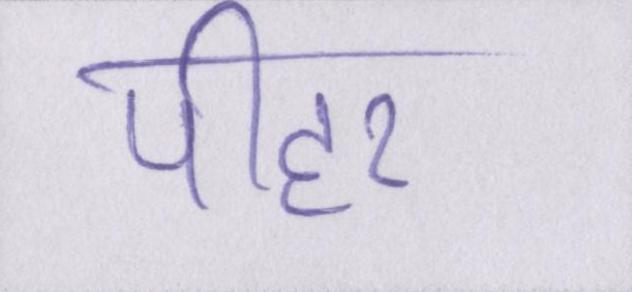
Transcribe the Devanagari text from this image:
पीहर